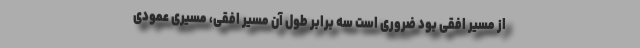
از مسیر افقی بود ضروری است سه برابر طول آن مسیر افقی، مسیری عمودی